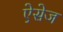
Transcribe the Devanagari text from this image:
ऐसेज